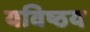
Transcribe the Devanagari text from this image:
यविष्ठय